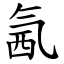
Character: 氥